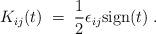
LaTeX: \begin{align*}K_{ij} (t) \;=\; \frac{1}{2} \epsilon_{ij} {\rm sign}(t) \;.\end{align*}